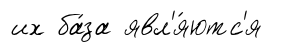
их ба́за явл'я́ютс'я